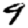
Digit: 9